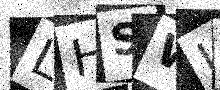
Text: LHSWL9